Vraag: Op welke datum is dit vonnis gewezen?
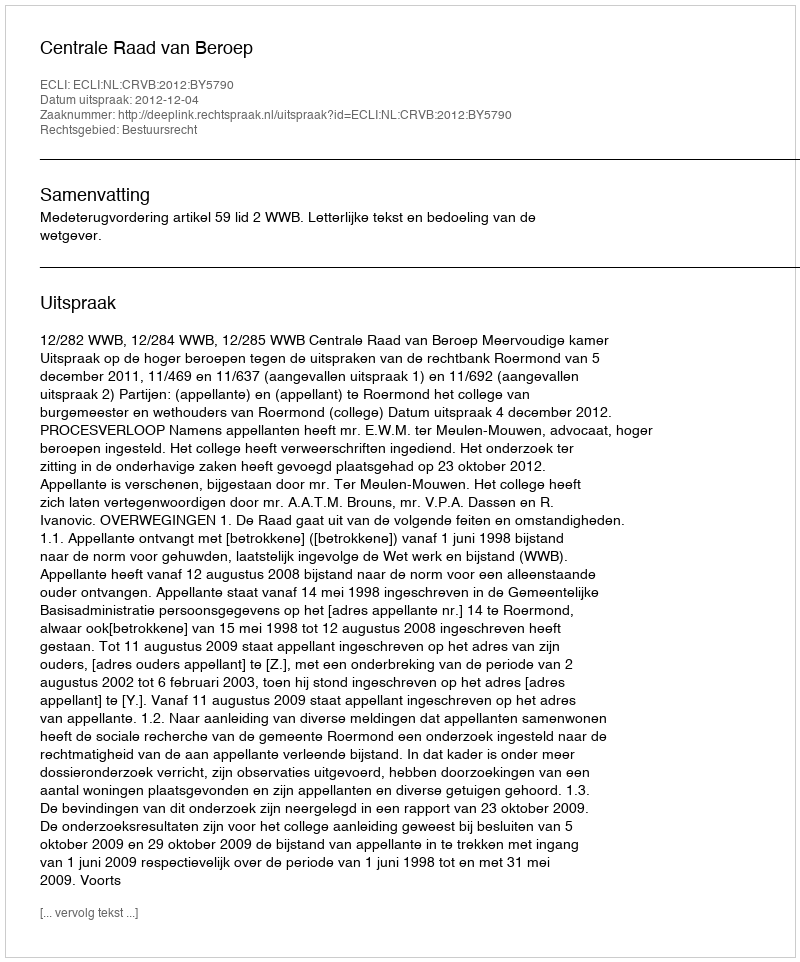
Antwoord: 2012-12-04